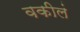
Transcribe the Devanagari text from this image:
वकीलं